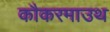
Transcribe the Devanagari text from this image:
कौकरमाउथ